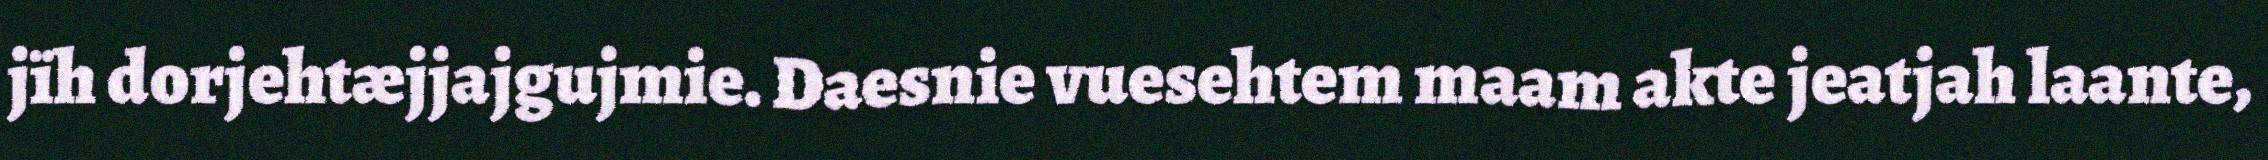
jïh dorjehtæjjajgujmie. Daesnie vuesehtem maam akte jeatjah laante,